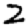
Digit: 2